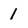
Character: 1